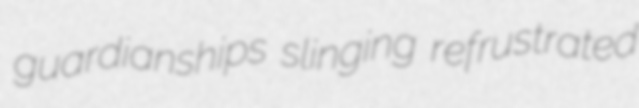
guardianships slinging refrustrated